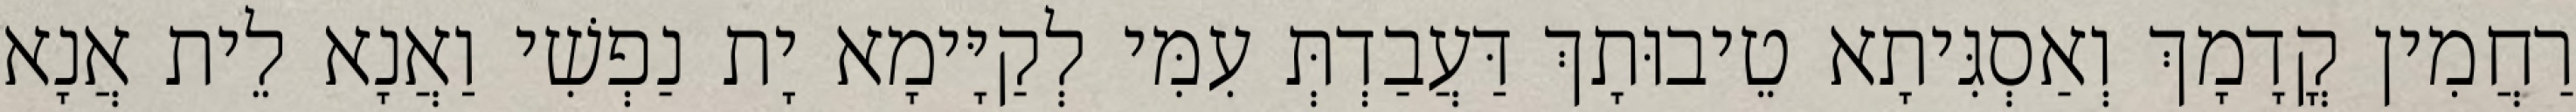
רַחֲמִין קֳדָמָךְ וְאַסְגִּיתָא טֵיבוּתָךְ דַּעֲבַדְתְּ עִמִּי לְקַיָּימָא יָת נַפְשִׁי וַאֲנָא לֵית אֲנָא